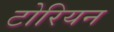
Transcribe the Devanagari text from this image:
टोरियन